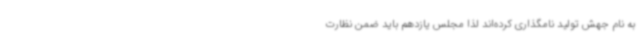
به نام جهش تولید نامگذاری کرده‌اند لذا مجلس یازدهم باید ضمن نظارت